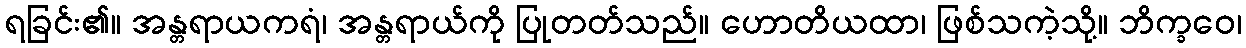
ရခြင်း၏။ အန္တရာယကရံ၊ အန္တရာယ်ကို ပြုတတ်သည်။ ဟောတိယထာ၊ ဖြစ်သကဲ့သို့။ ဘိက္ခဝေ၊